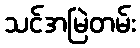
သင်အမြဲတမ်း